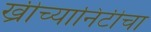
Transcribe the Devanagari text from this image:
ख्रीच्यानिटीचा